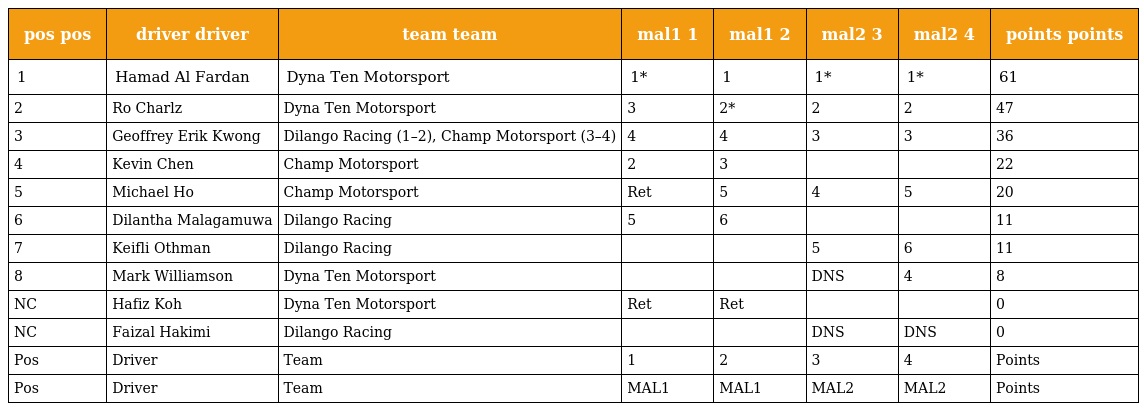
| pos pos | driver driver | team team | mal1 1 | mal1 2 | mal2 3 | mal2 4 | points points |
 | --- | --- | --- | --- | --- | --- | --- | --- |
 | 1 | Hamad Al Fardan | Dyna Ten Motorsport | 1* | 1 | 1* | 1* | 61 |
 | 2 | Ro Charlz | Dyna Ten Motorsport | 3 | 2* | 2 | 2 | 47 |
 | 3 | Geoffrey Erik Kwong | Dilango Racing (1–2), Champ Motorsport (3–4) | 4 | 4 | 3 | 3 | 36 |
 | 4 | Kevin Chen | Champ Motorsport | 2 | 3 |  |  | 22 |
 | 5 | Michael Ho | Champ Motorsport | Ret | 5 | 4 | 5 | 20 |
 | 6 | Dilantha Malagamuwa | Dilango Racing | 5 | 6 |  |  | 11 |
 | 7 | Keifli Othman | Dilango Racing |  |  | 5 | 6 | 11 |
 | 8 | Mark Williamson | Dyna Ten Motorsport |  |  | DNS | 4 | 8 |
 | NC | Hafiz Koh | Dyna Ten Motorsport | Ret | Ret |  |  | 0 |
 | NC | Faizal Hakimi | Dilango Racing |  |  | DNS | DNS | 0 |
 | Pos | Driver | Team | 1 | 2 | 3 | 4 | Points |
 | Pos | Driver | Team | MAL1 | MAL1 | MAL2 | MAL2 | Points |